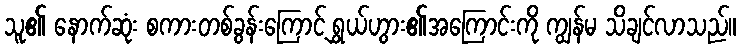
သူ၏ နောက်ဆုံး စကားတစ်ခွန်းကြောင့် ရွှယ်ဟွား၏အကြောင်းကို ကျွန်မ သိချင်လာသည်။